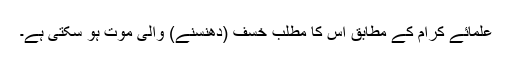
علمائے کرام کے مطابق اس کا مطلب خسف (دھنسنے) والی موت ہو سکتی ہے۔